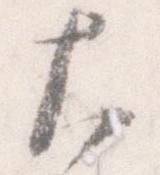
大